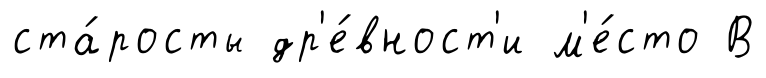
ста́росты др'е́вност'и м'е́сто В